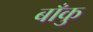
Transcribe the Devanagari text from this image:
बाँकु